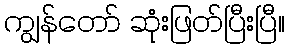
ကျွန်တော် ဆုံးဖြတ်ပြီးပြီ။